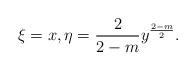
LaTeX: \begin{align*}\xi=x, \eta=\frac{2}{2-m} y^{\frac{2-m}{2}} . \end{align*}